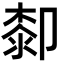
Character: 厀